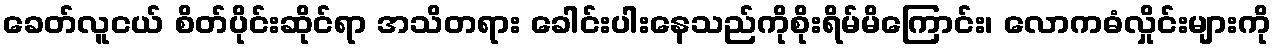
ခေတ်လူငယ် စိတ်ပိုင်းဆိုင်ရာ အသိတရား ခေါင်းပါးနေသည်ကိုစိုးရိမ်မိကြောင်း၊ လောကဓံလှိုင်းများကို